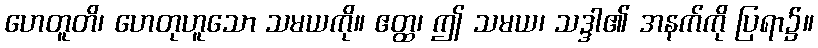
ဟေတူတိ၊ ဟေတုဟူသော သမယကို။ ဧတ္ထ၊ ဤ သမယ၊ သဒ္ဒါ၏ အနက်ကို ပြရာ၌။